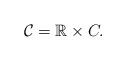
LaTeX: \begin{align*} \mathcal{C} = \mathbb{R} \times C.\end{align*}